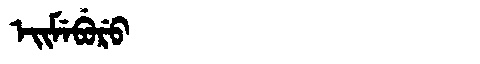
Manchu: ᡝᡳᠮᡝᠪᡠᡵᡠ
Romanization: EIMEBURU